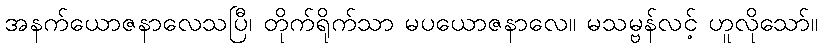
အနက်ယောဇနာလေသပြီ၊ တိုက်ရိုက်သာ မပယောဇနာလေ။ မသမ္ဗန်လင့် ဟူလိုသော်။